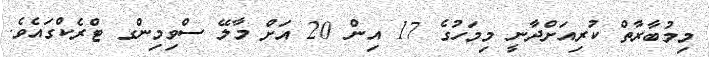
މިމުބާރާތް ކުރިއަށްދާނީ މިމަހުގެ 17 އިން 20 އަށް މާލޭ ސްވިމިންގ ޓްރެކްގައެވެ.